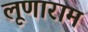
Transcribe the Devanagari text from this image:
लूणाराम